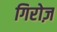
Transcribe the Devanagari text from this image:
गिरोज़